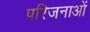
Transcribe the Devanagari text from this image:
परिजनाओं